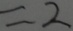
= 2